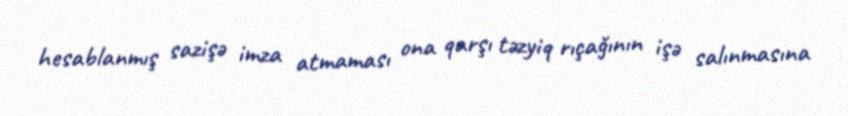
hesablanmış sazişə imza atmaması ona qarşı təzyiq rıçağının işə salınmasına